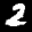
Label: 2